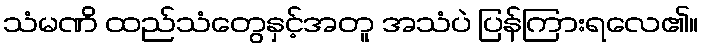
သံမဏိ ထည်သံတွေနှင့်အတူ အသံပဲ ပြန်ကြားရလေ၏။